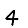
Digit: 4